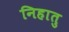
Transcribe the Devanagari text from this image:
निहातु